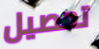
تحصيل